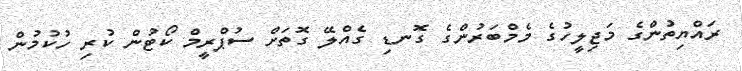
ރައްޔިތުންގެ މަޖިލީހުގެ މެމްބަރުންގެ ގޮނޑި ގެއްލޭ ގޮތަށް ސުޕްރީމް ކޯޓުން ކުރި ހުކުމުން